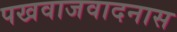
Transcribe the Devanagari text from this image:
पखवाजवादनास